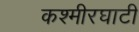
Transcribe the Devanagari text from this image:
कश्मीरघाटी